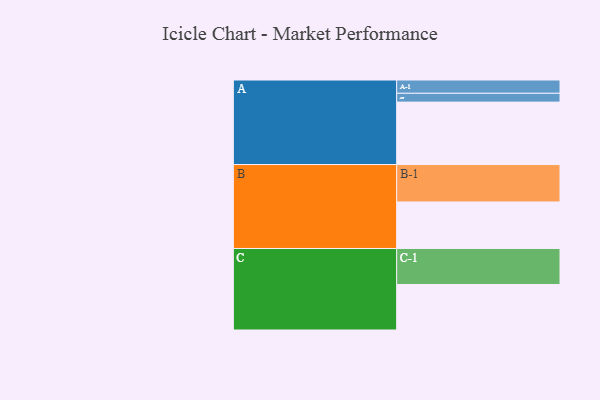
{"axis": {"x": "Segment", "y": "Value"}, "legend": ["", "A", "B", "C"], "data": [{"x": "A", "y": 432, "type": ""}, {"x": "B", "y": 322, "type": ""}, {"x": "C", "y": 315, "type": ""}, {"x": "A-1", "y": 92, "type": "A"}, {"x": "A-2", "y": 61, "type": "A"}, {"x": "B-1", "y": 259, "type": "B"}, {"x": "C-1", "y": 249, "type": "C"}]}